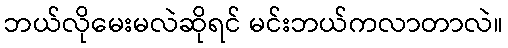
ဘယ်လိုမေးမလဲဆိုရင် မင်းဘယ်ကလာတာလဲ။